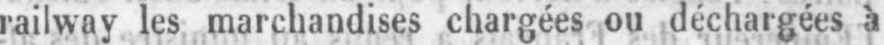
railway les marchandises chargées ou déchargées à